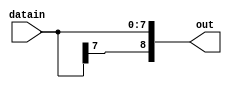
`timescale 1ns/10ps
module signex(out,datain);
input [7:0]datain;
output [8:0]out;

assign out = {datain[7],datain[7:0]};

endmodule

/* module tb_signex();
wire [8:0]out;
reg [7:0]datain;
signex uut(out, datain);

initial $monitor("t=%3d, out=%9b, datain=%8b",$time,out,datain);
initial 
begin 
#0 datain = 8'b00000000;
#50 datain = 8'b11111111;
end

initial #100 $stop;

endmodule */